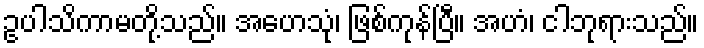
ဥပါသိကာမတို့သည်။ အဟေသုံ၊ ဖြစ်ကုန်ပြီ။ အဟံ၊ ငါဘုရားသည်။